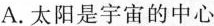
A.太阳是宇宙的中心